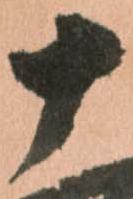
十